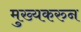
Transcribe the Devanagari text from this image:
मुख्यकरुन